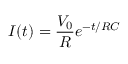
I ( t ) = \frac { V _ { 0 } } { R } e ^ { - t / R C }